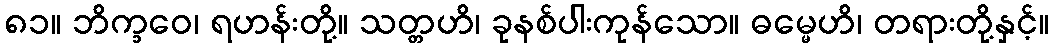
၈၁။ ဘိက္ခဝေ၊ ရဟန်းတို့။ သတ္တဟိ၊ ခုနစ်ပါးကုန်သော။ ဓမ္မေဟိ၊ တရားတို့နှင့်။